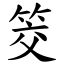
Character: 筊